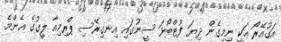
އަގުއޭރޯ އަކީ ނިމިގެން ދިޔަ ފުޓްބޯޅަ ސީނުގައި އިނގިރޭސި ޕްރިމިއާ ލީގުގެ އެންމެ